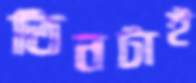
তিনটাই